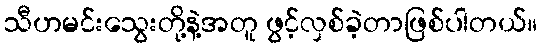
သီဟမင်းသွေးတို့နဲ့အတူ ဖွင့်လှစ်ခဲ့တာဖြစ်ပါတယ်။